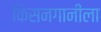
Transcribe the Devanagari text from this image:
किसनगानीला